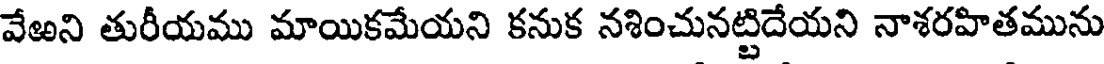
వేఱని తురీయము మాయికమేయని కనుక నశించునట్టిదేయని నాశరహితమును